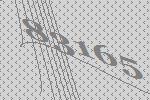
83165